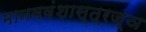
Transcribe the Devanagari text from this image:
मानववंशास्त्रज्ञ